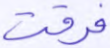
فرقت